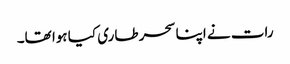
رات نے اپنا سحر طاری کیا ہوا تھا۔